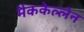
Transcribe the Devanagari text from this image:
मैककेल्लेन